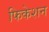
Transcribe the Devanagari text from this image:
फिकेशन